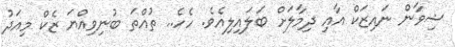
ޝިވާން ނައިޒަކް އާއި ދިމާލަށް ބަލައިލިއެވެ. ހެހެ.. ތުއްތަ ބުނިވިއްޔަ ޒެކް މިއަދު